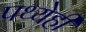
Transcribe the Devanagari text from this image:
पथ्येही